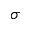
\sigma